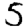
Digit: 5